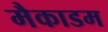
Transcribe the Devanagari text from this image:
मैकाडम